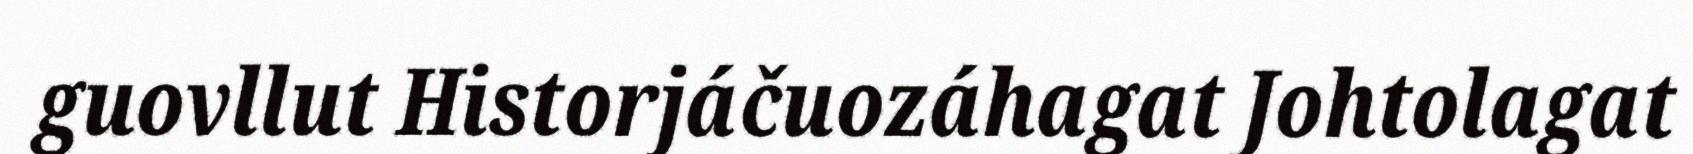
guovllut Historjáčuozáhagat Johtolagat